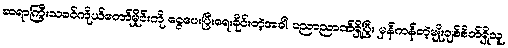
ဆရာကြီးသခင်ကိုယ်တော်မှိုင်းကို ငွေပေးပြီးရေးခိုင်းတဲ့အခါ ပညာညာဏ်ရှိပြီး မှန်ကန်တဲ့မျိုးချစ်စိတ်ရှိသူ